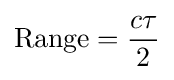
{\text{Range}}={\frac {c\tau }{2}}